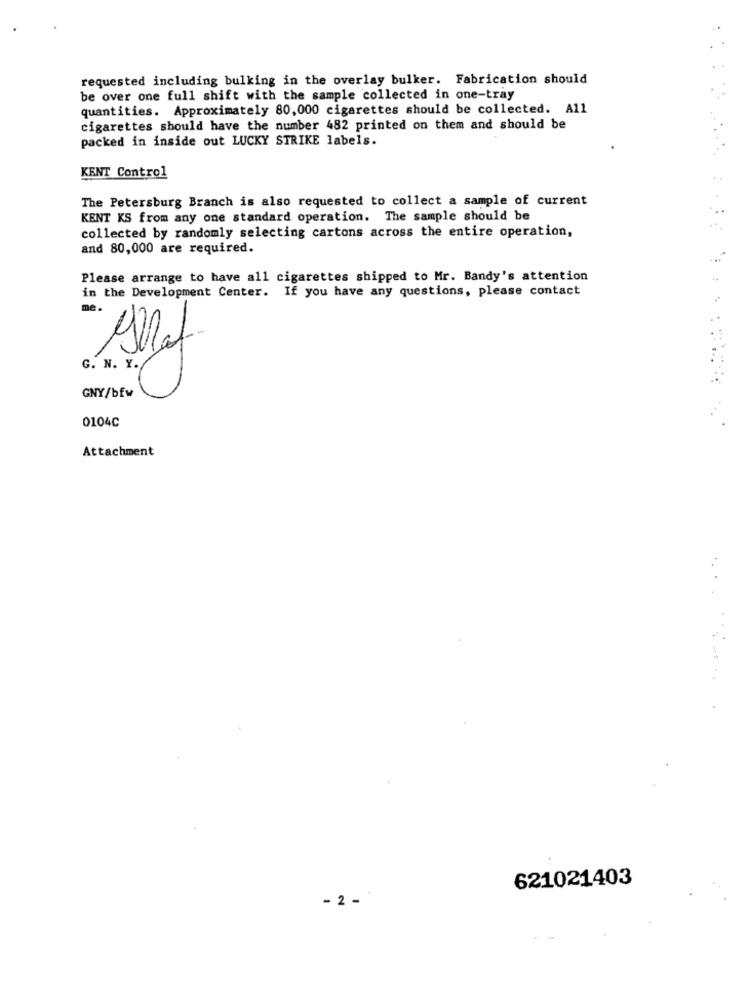
requested including bulking in the overlay bulker. Fabrication should
be over one full shift with the sample collected in one-tray
quantities. Approximately 80,000 cigarettes should be collected. All
cigarettes should have the number 482 printed on them and should be
packed in inside out LUCKY STRIKE labels.
KENT Control
The Petersburg Branch is also requested to collect a sample of current
KENT KS from any one standard operation. The sample should be
collected by randomly selecting cartons across the entire operation,
and 80,000 are required.
Please arrange to have all cigarettes shipped to Mr. Bandy's attention
in the Development Center. If you have any questions, please contact
me.
G. N. Y.
GNY/bfw
0104C
Attachment
621021403
- 2 -